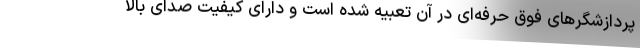
پردازشگرهای فوق حرفه‌ای در آن تعبیه شده است و دارای کیفیت صدای بالا